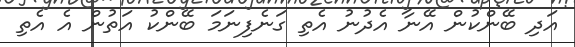
އަދި ބޭންކުން އޭނާ އެދުނު އެތި ގަނެފިނަމަ ބޭންކު އަތުން އެ އެތި